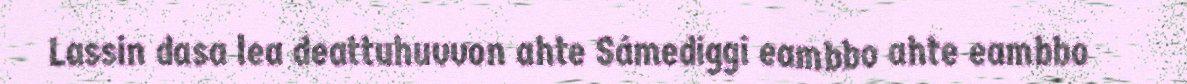
Lassin dasa lea deattuhuvvon ahte Sámediggi eambbo ahte eambbo